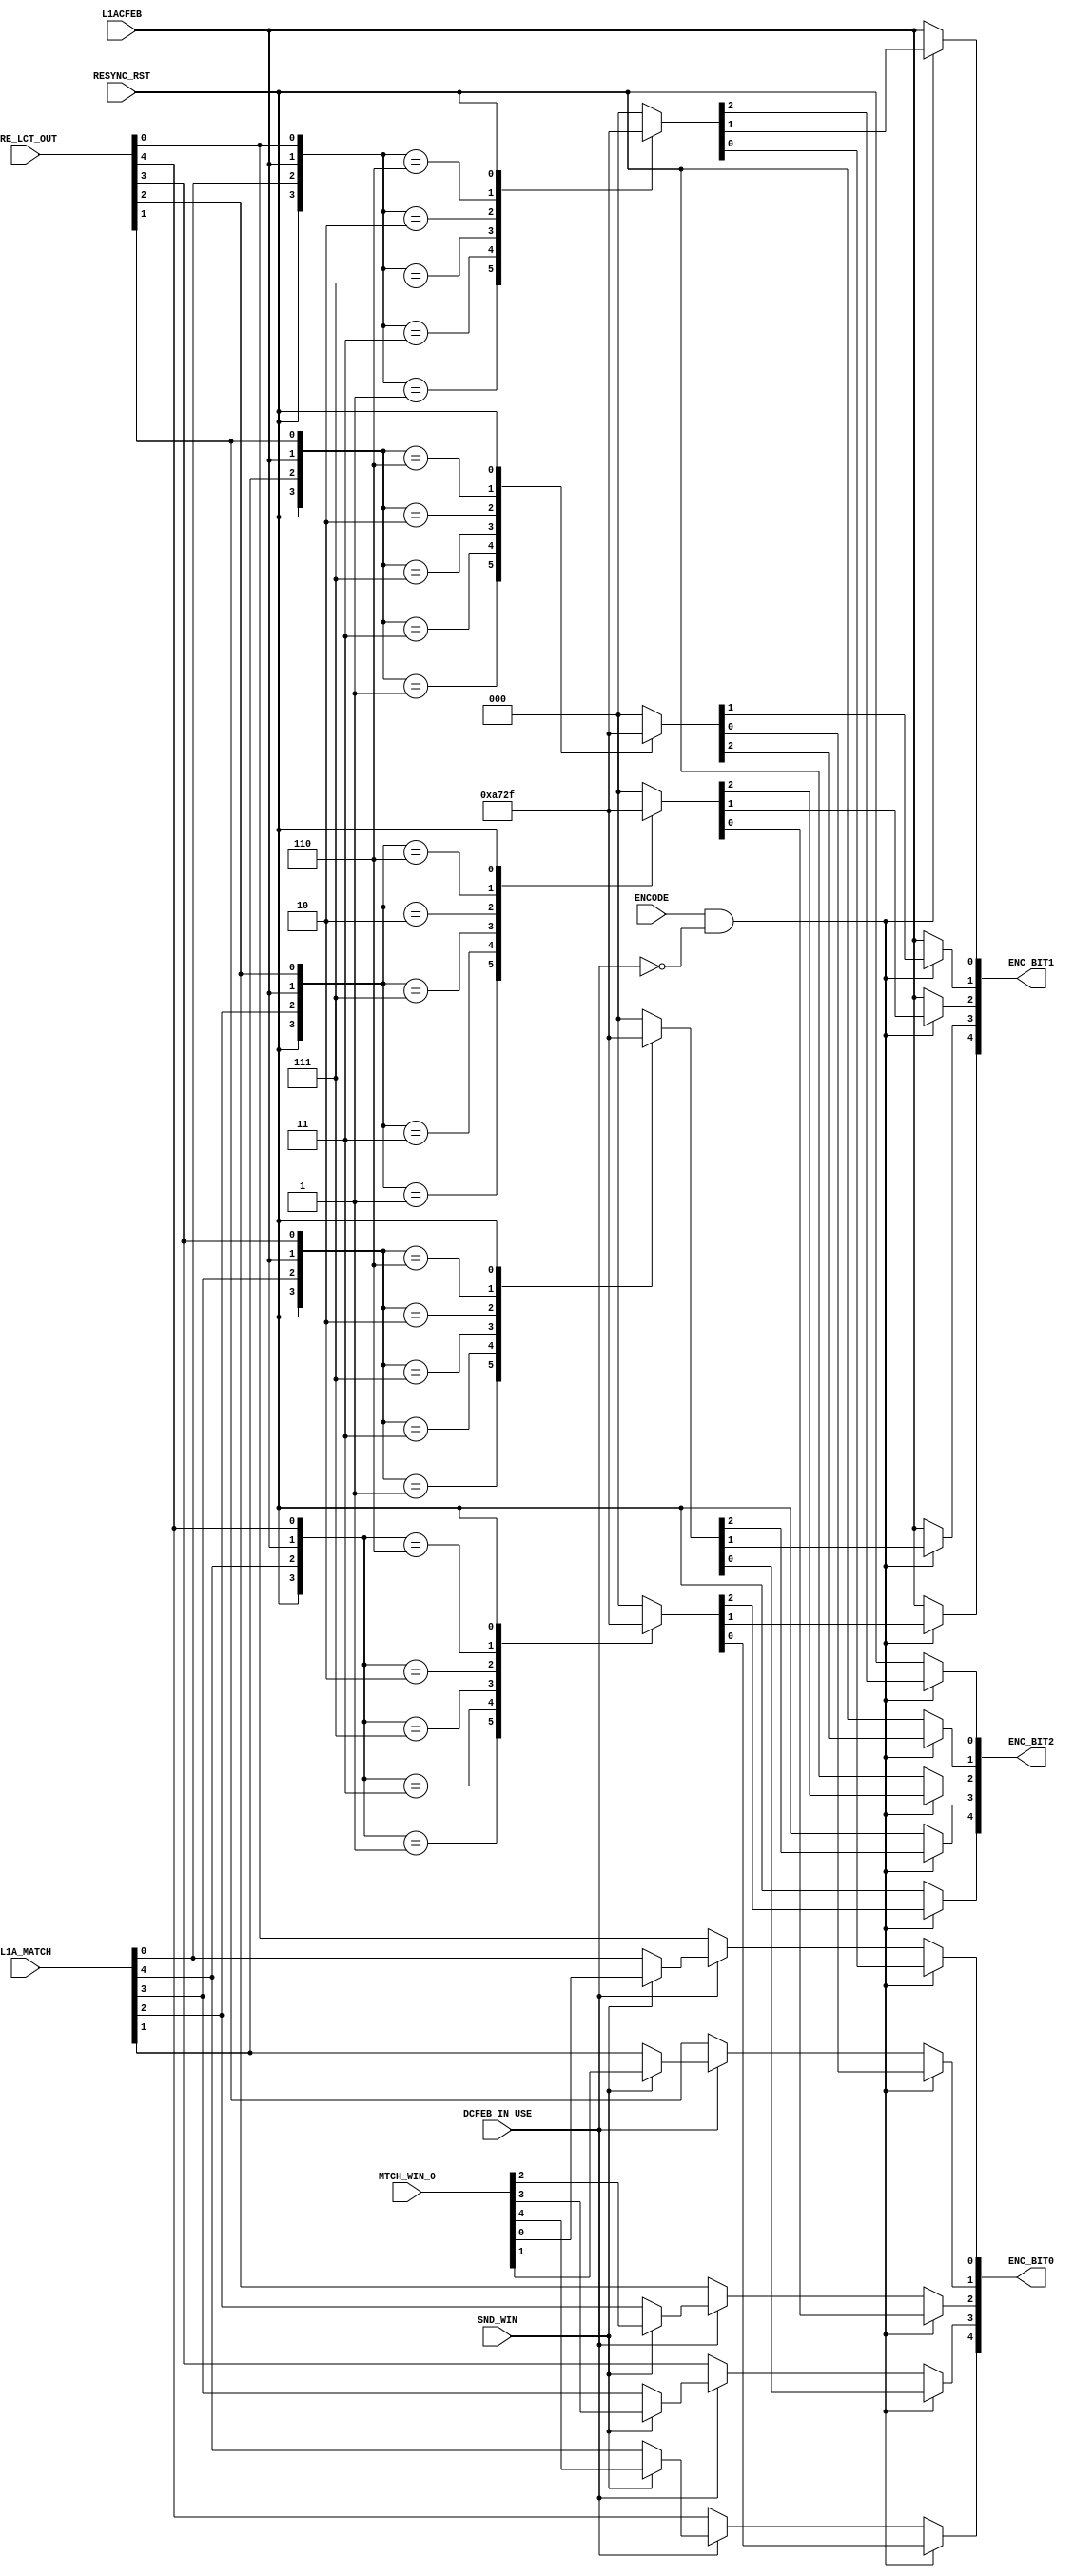
`timescale 1ns / 1ps
//////////////////////////////////////////////////////////////////////////////////
// Company: 
// Engineer: 
// 
// Design Name: 
// Module Name:    trig_encoder 
// Project Name: 
// Target Devices: 
// Tool versions: 
// Description: 
//
// Dependencies: 
//
// Revision: 
// Revision 0.01 - File Created
// Additional Comments: 
//
//////////////////////////////////////////////////////////////////////////////////
module trig_encoder(
	input ENCODE,
	input DCFEB_IN_USE,
	input SND_WIN,
	input RESYNC_RST,
	input L1ACFEB,
	input [5:1] PRE_LCT_OUT,
	input [5:1] MTCH_WIN_0,
	input [5:1] L1A_MATCH,
	output reg [5:1] ENC_BIT0,
	output reg [5:1] ENC_BIT1, // uses TP[4:1]
	output reg [5:1] ENC_BIT2  // uses TP[8:5]
);


genvar i;
generate
	for(i=1;i<6;i=i+1) begin: idx1
		always @* begin
			if(ENCODE && !DCFEB_IN_USE)
				casex({RESYNC_RST,L1A_MATCH[i],L1ACFEB,PRE_LCT_OUT[i]})
					4'b0000 : {ENC_BIT2[i],ENC_BIT1[i],ENC_BIT0[i]} = 3'd0; 
					4'b0001 : {ENC_BIT2[i],ENC_BIT1[i],ENC_BIT0[i]} = 3'd1; 
					4'b0011 : {ENC_BIT2[i],ENC_BIT1[i],ENC_BIT0[i]} = 3'd2; 
					4'b0111 : {ENC_BIT2[i],ENC_BIT1[i],ENC_BIT0[i]} = 3'd3; 
					4'b0010 : {ENC_BIT2[i],ENC_BIT1[i],ENC_BIT0[i]} = 3'd4; 
					4'b0110 : {ENC_BIT2[i],ENC_BIT1[i],ENC_BIT0[i]} = 3'd5; 
					4'b1xxx : {ENC_BIT2[i],ENC_BIT1[i],ENC_BIT0[i]} = 3'd7; 
					default : {ENC_BIT2[i],ENC_BIT1[i],ENC_BIT0[i]} = 3'd0;
				endcase
			else	begin
				// L1A_MATCH is:
				//		pre-LCT matched with L1A for (Use_CLCT ==0)
				//		CLCT matched with L1A (Use_CLCT ==1)
				ENC_BIT0[i] = DCFEB_IN_USE ? (SND_WIN ? MTCH_WIN_0[i] : L1A_MATCH[i]) : PRE_LCT_OUT[i];
				ENC_BIT1[i] = L1ACFEB;
				ENC_BIT2[i] = RESYNC_RST;
			end
		end
	end
endgenerate


endmodule